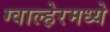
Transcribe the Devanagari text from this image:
ग्वाल्हेरमध्ये